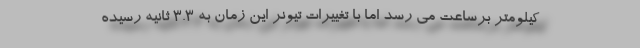
کیلومتر برساعت می رسد اما با تغییرات تیونر این زمان به 3.3 ثانیه رسیده